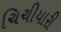
ચિચીયારી